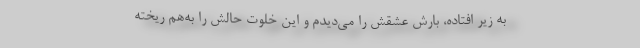
به زیر افتاده، بارش عشقش را می‌دیدم و این خلوت حالش را به‌هم ریخته